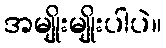
အမျိုးမျိုးပါပဲ။